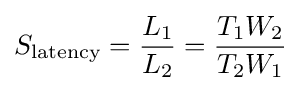
S_{\text{latency}}={\frac {L_{1}}{L_{2}}}={\frac {T_{1}W_{2}}{T_{2}W_{1}}}